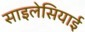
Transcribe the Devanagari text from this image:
साइलेसियाई